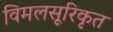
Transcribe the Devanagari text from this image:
विमलसूरिकृत